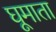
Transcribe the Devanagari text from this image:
घूमाता